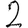
Digit: 2